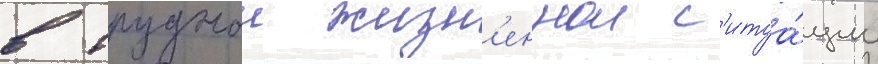
в труднои жизн'еннои с'итуа́ции